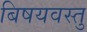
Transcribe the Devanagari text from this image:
बिषयवस्तु